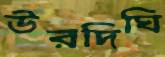
উরদিঘি